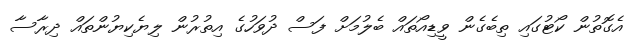
އެގޮތުން ކޯޓުގައި ތިބެގެން ވީޑިއޯތައް ބެލުމަށް ފަސް ދުވަހުގެ އިތުރުން ލިޔެކިޔުންތައް ދިރާސާ